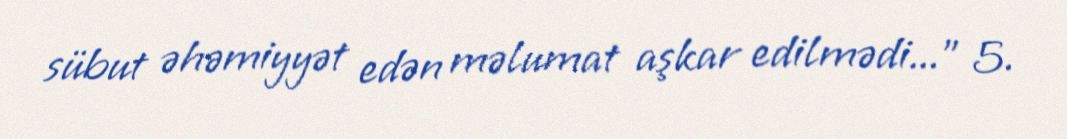
sübut əhəmiyyət edən məlumat aşkar edilmədi...” 5.